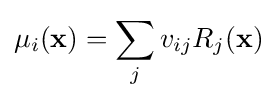
\mu _{i}(\mathbf {x} )=\sum _{j}v_{ij}R_{j}(\mathbf {x} )